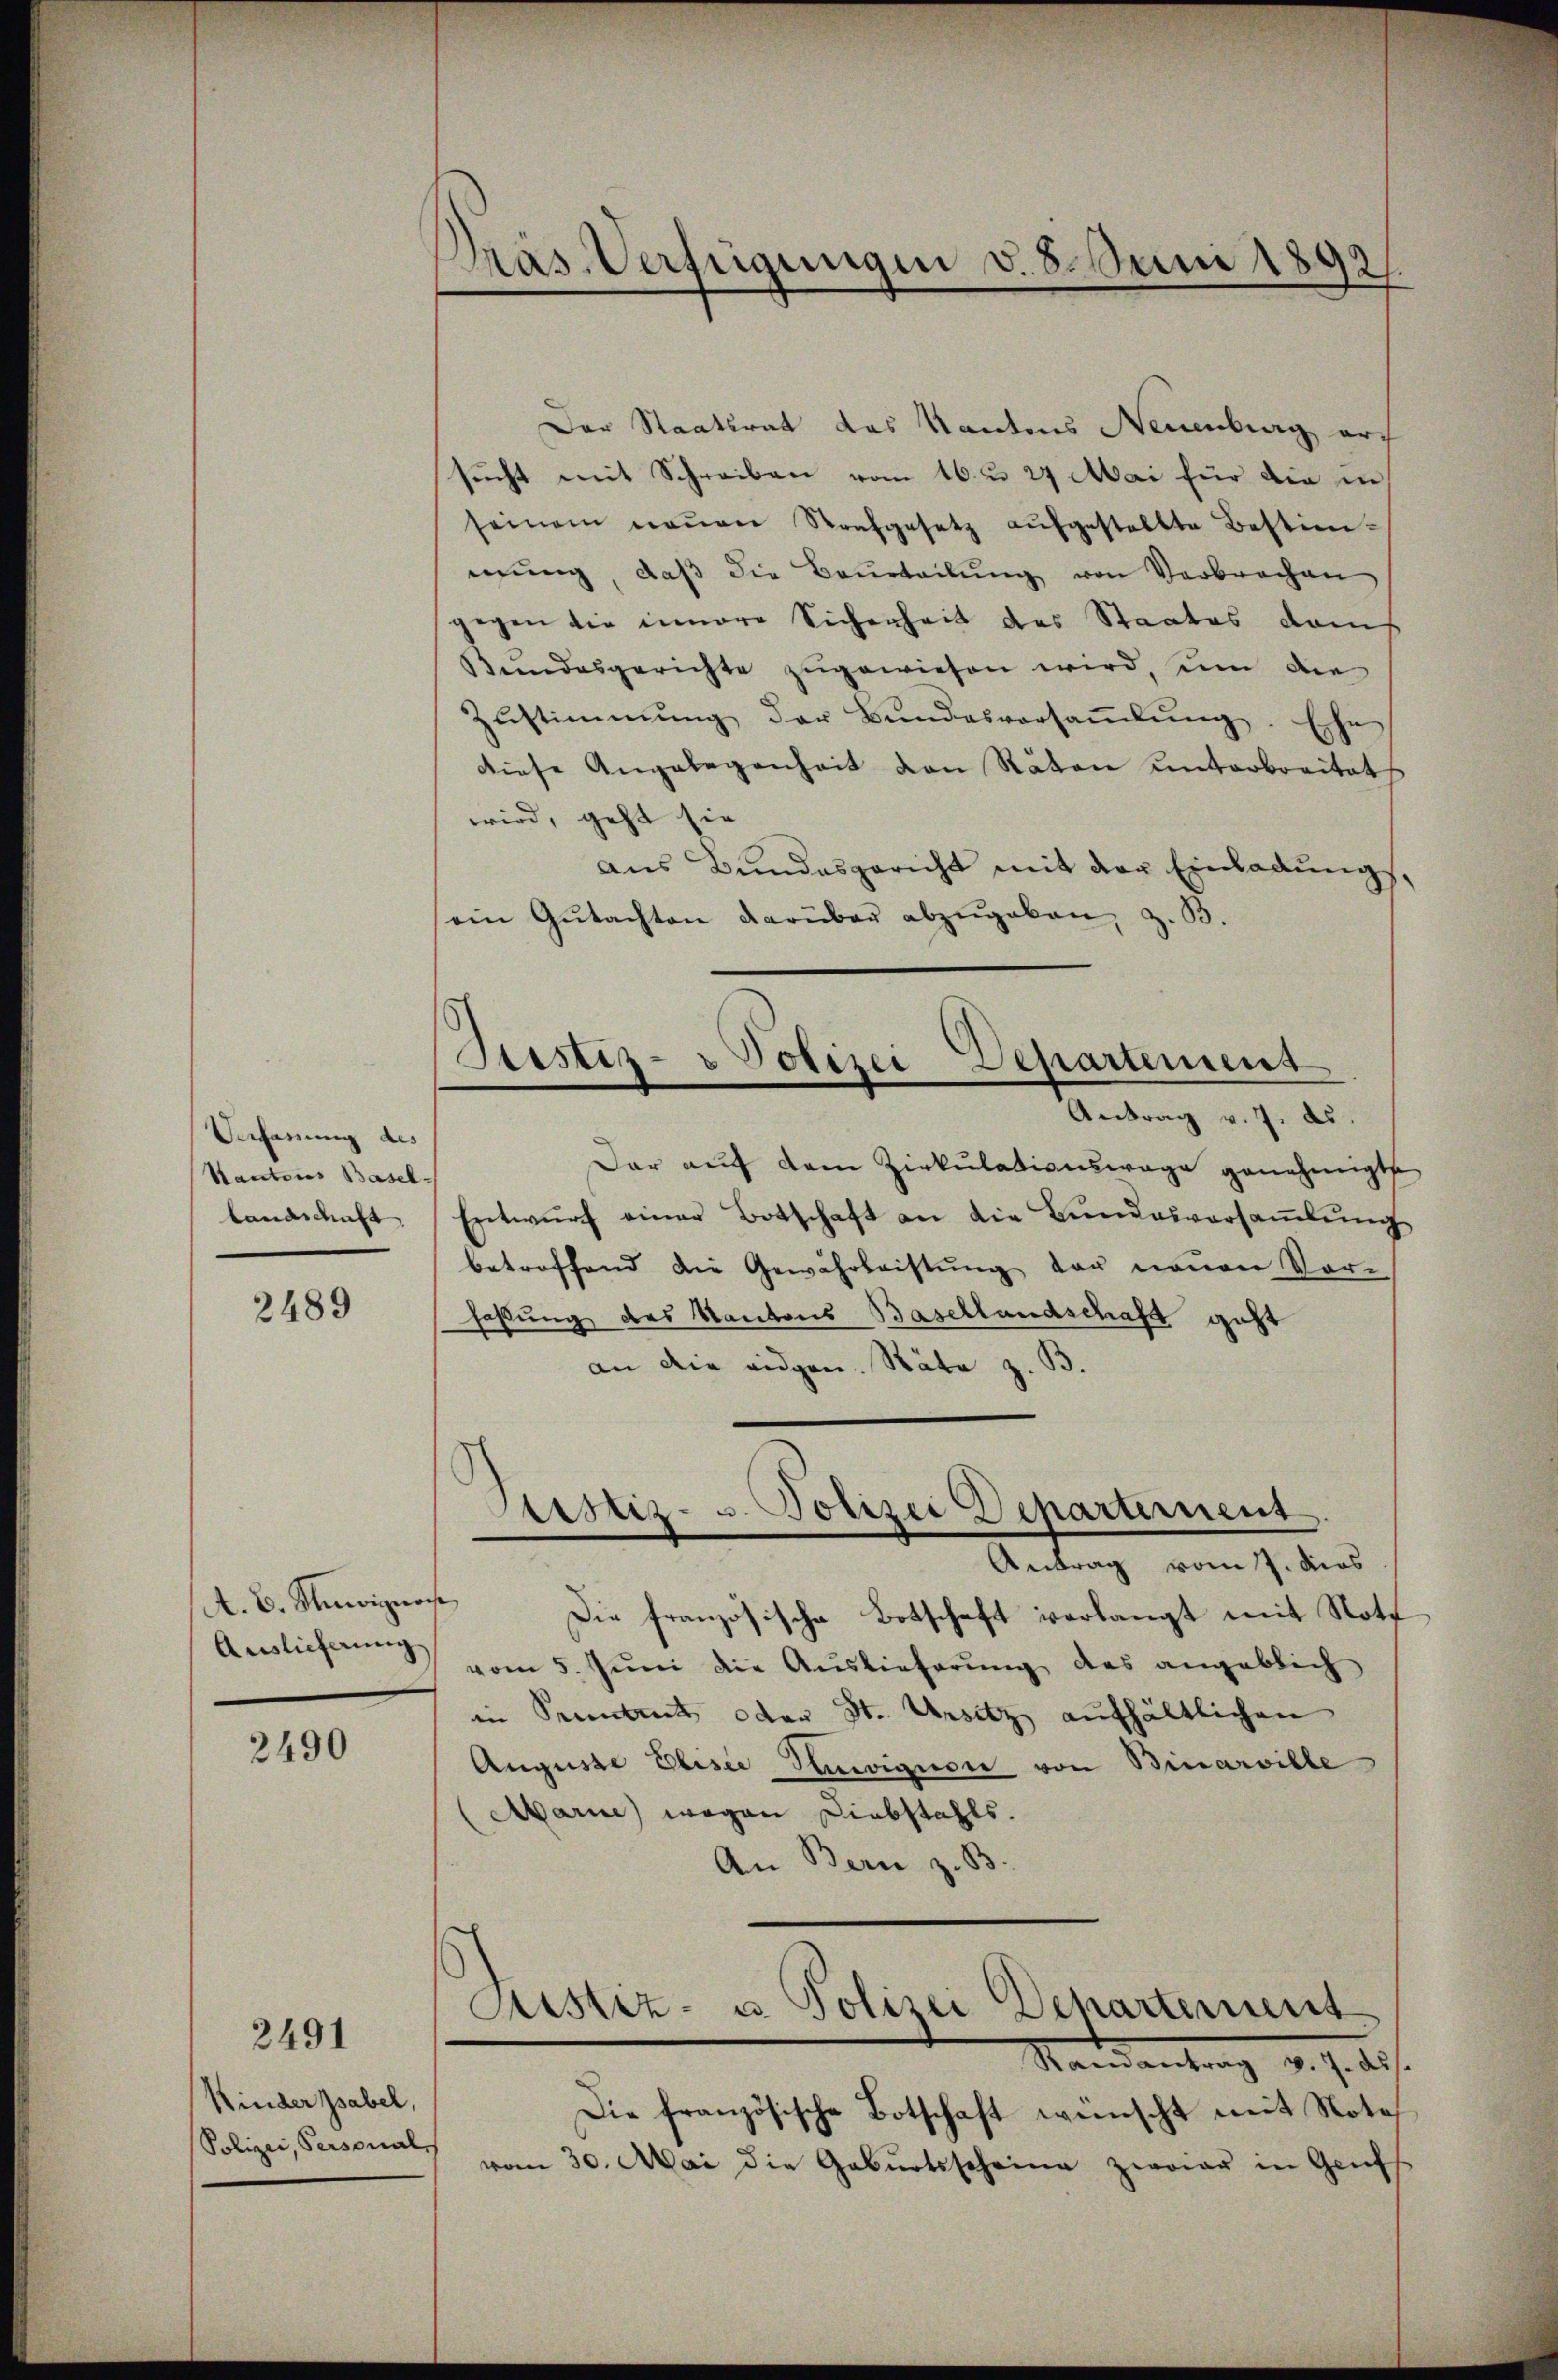
Referung des
Kantons Basel.
landschaft

2489

A. B. Unwignos
Auslieferung

2490

2491

Kinder pabel,
Polizei, Personal-

Präs. Verfügungen v. 8. Juni 1892/

Der Staatsrat das Kantons Neuenburg arch
sucht mit Schreiben vom 16. u. 24 Mai für die in
seinem neŭen Strafgesetz aŭfgestellte Bestim-
nŭng, daβ die Beurteilŭng von Verbrochen
gegen die innere Sicherheit des Staates dam
Bundesgerichte zugewiesen wird, um die
Zŭstimmung der Bŭndesversaṁlŭng. Ehe
diese Angelegenheit den Räten unterbreitet
wird, geht sie |
aus Bundesgericht mit der Einladung,
ein Gŭtachten darüber abzŭgeben, z. B.
Antrag v. 7. ds.
Dar auf dem Zirkulationswage genehmigte
Entwurf einer Botschaft an die Bundesversamlung
betroffend die Gewährleistung der neuen Vor-
faßung des Kantons Basellandschaft geht
an die eidgen. Räte z. B.
Antrag vom 7. dies
Die französische Botschaft verlangt mit Note
vom 5. Jŭni die Auslieferŭng des angeblich
in Prements oder St. Unsitz aufhältlichen
Auguste Eliser Hawiquore von Binarville
Marie wegen Diebstahls.
An Bern z. B
Justiz- u. Polizei Dehartement
Mandantrag v. J. 18
Die französische Botschaft wünscht mit Note
vom 30. Mai die Gebŭrtsscheine zweier in Gruf

Justiz- & Polizei Departement

Pustiz- u. Polizei Decharternent
.